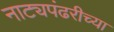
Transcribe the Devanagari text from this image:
नाट्यपंढरीच्या